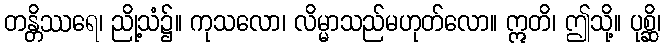
တန္တိဿရေ၊ ညို့သံ၌။ ကုသလော၊ လိမ္မာသည်မဟုတ်လော။ ဣတိ၊ ဤသို့။ ပုစ္ဆိ၊